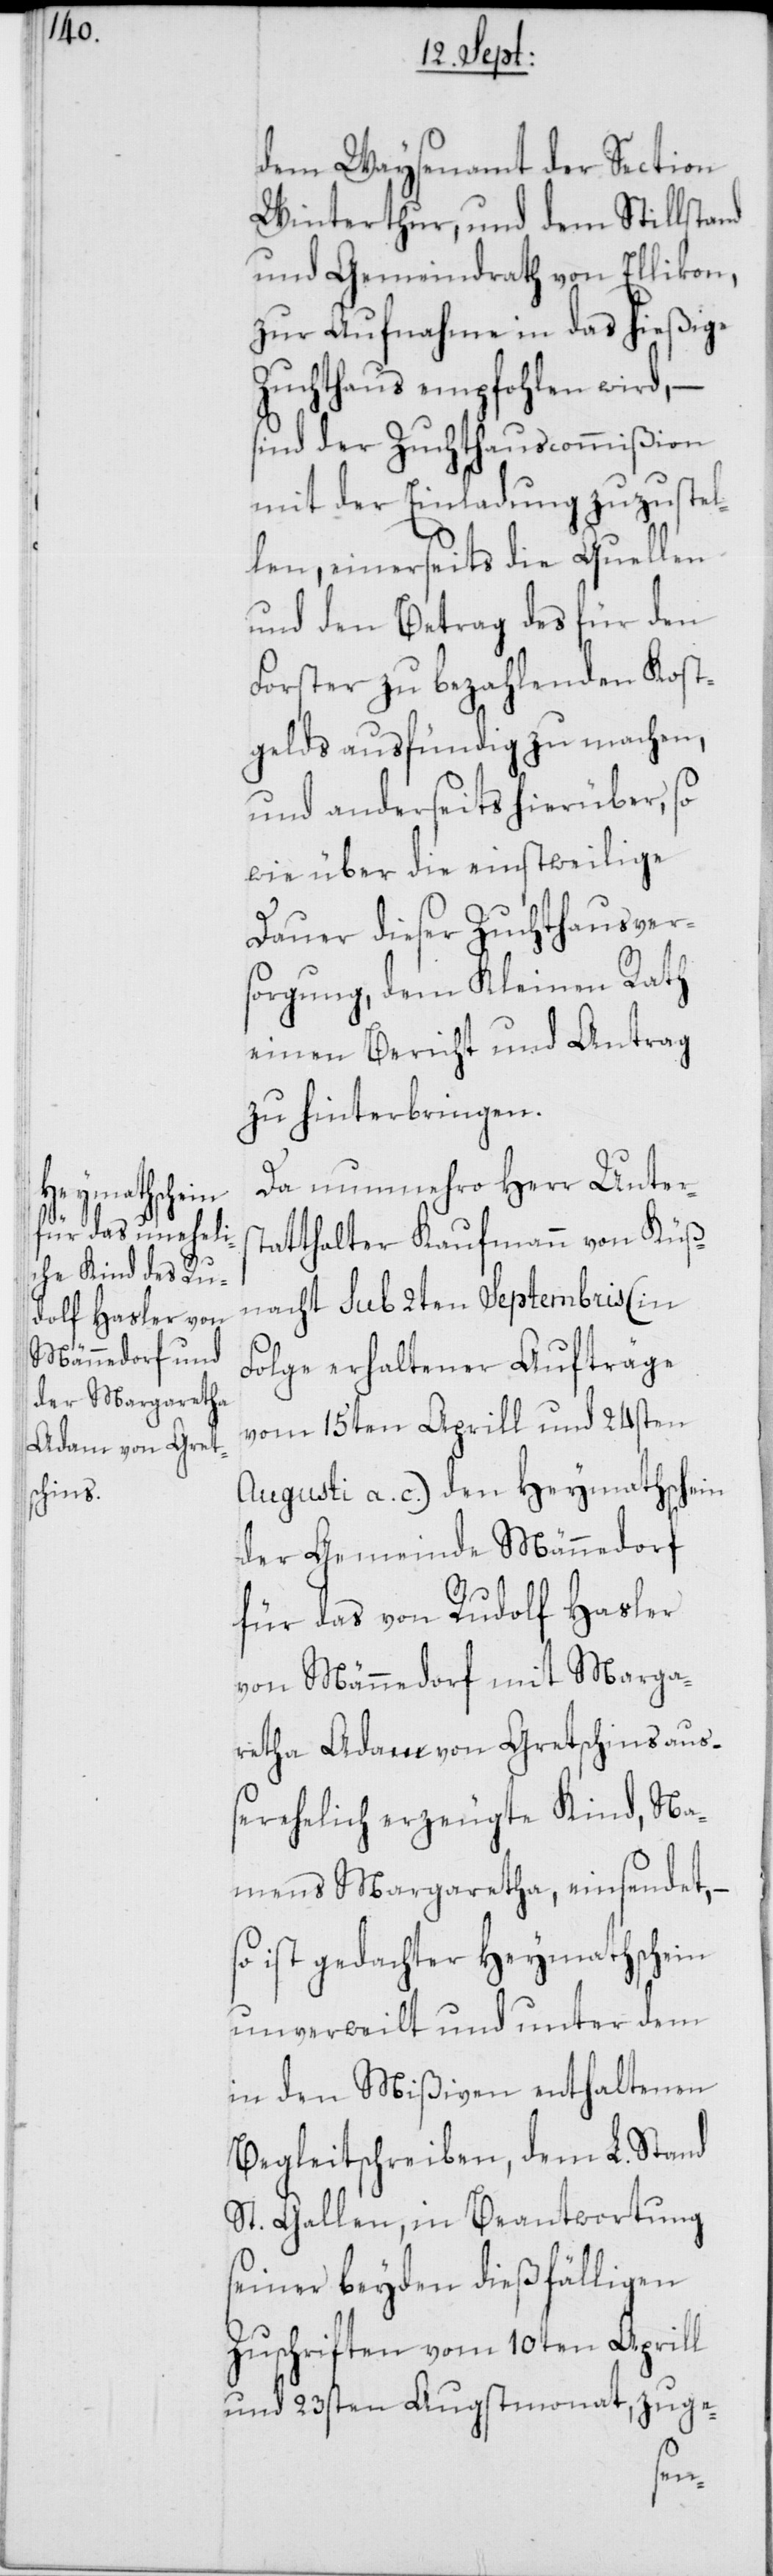
dem Waysenamt der Section
Winterthur, und dem Stillstand
und Gemeindrath von Ellikon,
zur Aufnahme in das hießige
Zuchthaus empfohlen wird, –
sind der Zuchthauscommißion
mit der Einladung zuzustel¬
len, einerseits die Quellen
und den Betrag des für den
Forster zu bezahlenden Kost¬
gelds ausfündig zu machen,
und anderseits hierüber, so
wie über die einstweilige
Dauer dieser Zuchthausvers¬
orgung, dem Kleinen Rath
einen Bericht und Antrag
zu hinterbringen.
Da nunmehro Herr Unters¬
tatthalter Kaufmann von Küß¬
nacht sub 2ten Septembris (in
Folge erhaltener Aufträge
vom 15ten Aprill und 24sten
Augusti a. c.) den Heymathschein
der Gemeinde Männedorf
für das von Rudolf Hasler
von Männedorf mit Marga¬
retha Adam von Gretschins au¬
ßerehelich erzeugte Kind, Na¬
mens Margaretha, einsendet, –
so ist gedachter Heymathschein
unverweilt und unter dem
in den Mißiven enthaltenen
Begleitschreiben, dem L. Stand
St. Gallen, in Beantwortung
seiner beyden dießfälligen
Zuschriften vom 10ten Aprill
und 23sten Augstmonat, zuge-